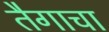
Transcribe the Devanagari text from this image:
तैगाचा